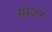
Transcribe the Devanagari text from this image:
मूस्टर